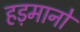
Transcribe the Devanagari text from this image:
हड़मानों